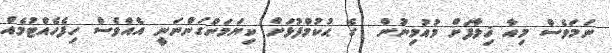
ނަމަވެސް މިއާ ޚިލާފަށް މުއުމިނުން  ގެ ޙުކުމްފުޅަށް ކިޔަމަންގަންނަނީ އެއްވެސް ހިފެހެއްޓުމެއް